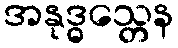
အနုဒ္ဓသ္တေန